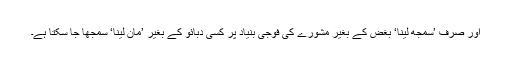
اور صرف ’سمجھ لینا‘ بغض کے بغیر مشورے کی فوجی بنیاد پر کسی دبائو کے بغیر ’مان لینا‘ سمجھا جا سکتا ہے۔